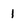
Character: 1